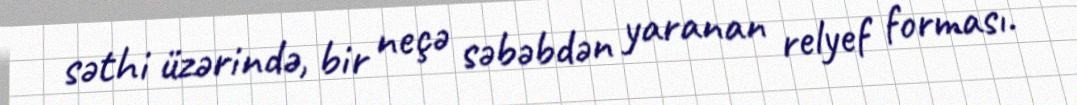
səthi üzərində, bir neçə səbəbdən yaranan relyef forması.